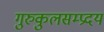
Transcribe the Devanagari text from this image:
गुरुकुलसम्प्रदय